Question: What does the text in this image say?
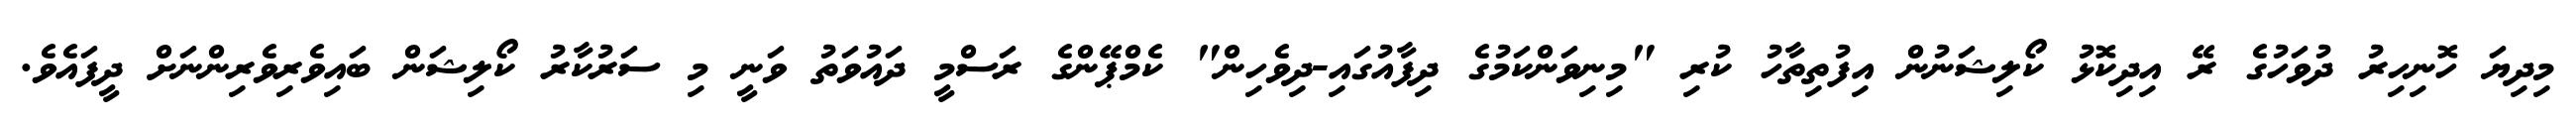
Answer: މިދިޔަ ހޮނިހިރު ދުވަހުގެ ރޭ އިދިކޮޅު ކޯލިޝަނުން އިފުތިތާހު ކުރި "މިނިވަންކަމުގެ ދިފާއުގައި-ދިވެހިން" ކެމްޕޭންގެ ރަސްމީ ދައުވަތު ވަނީ މި ސަރުކާރު ކޯލިޝަން ބައިވެރިވެރިންނަށް ދީފައެވެ.